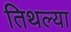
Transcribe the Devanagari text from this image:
तिथल्या